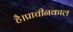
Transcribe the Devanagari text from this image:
है।प्राचीनकाल